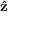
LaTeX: \hat { \mathbf { z } }